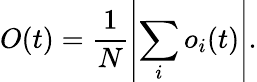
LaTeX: O(t)=\frac{1}{N}\left|\sum_{i}o_{i}(t)\right|.